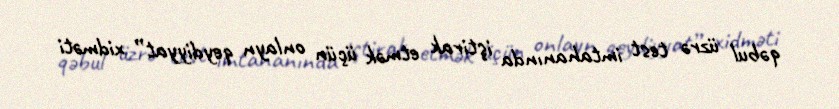
qəbul üzrə test imtahanında iştirak etmək üçün onlayn qeydiyyat” xidməti